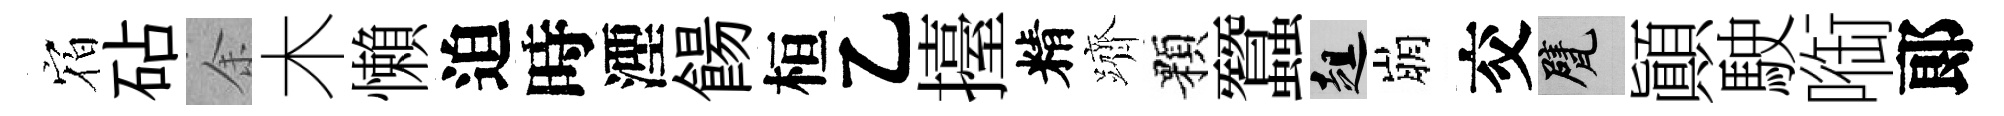
𪧐砧余木懶迫時湮餳桓乙擡精躋顆蠶趄崩交甓顚駛㗸郞